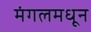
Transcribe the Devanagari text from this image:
मंगलमधून